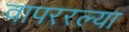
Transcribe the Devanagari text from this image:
वापररल्या